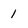
Character: 1